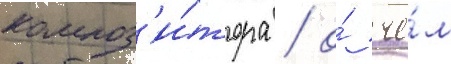
композ'и́тора / о́ че́м